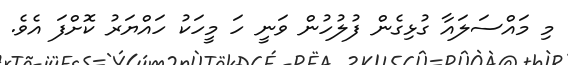
މި މައްސަލައާ ގުޅިގެން ފުލުހުން ވަނީ ހަ މީހަކު ހައްޔަރު ކޮށްފަ އެވެ.